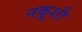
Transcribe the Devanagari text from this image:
नक़ूशी